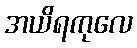
အယိရကုလေ